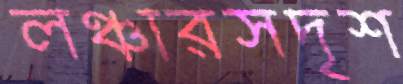
লঞ্চারসদৃশ